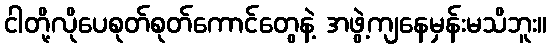
ငါတို့လိုပေစုတ်စုတ်ကောင်တွေနဲ့ အဖွဲ့ကျနေမှန်းမသိဘူး။